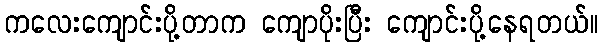
ကလေးကျောင်းပို့တာက ကျောပိုးပြီး ကျောင်းပို့နေရတယ်။